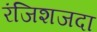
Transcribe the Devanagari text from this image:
रंजिशजदा